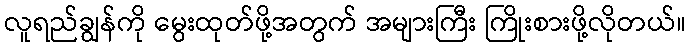
လူရည်ချွန်ကို မွေးထုတ်ဖို့အတွက် အများကြီး ကြိုးစားဖို့လိုတယ်။